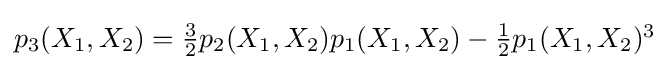
p_{3}(X_{1},X_{2})=\textstyle {\frac {3}{2}}p_{2}(X_{1},X_{2})p_{1}(X_{1},X_{2})-{\frac {1}{2}}p_{1}(X_{1},X_{2})^{3}